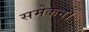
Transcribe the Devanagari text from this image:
समेकन।